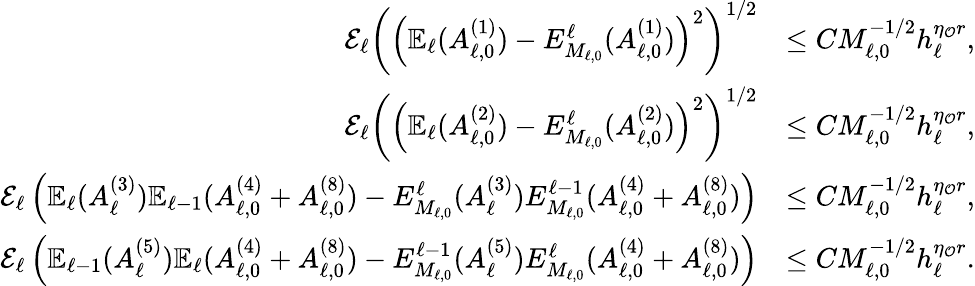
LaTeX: \begin{array}{rl}{\mathcal{E}_{\ell}\left(\left(\mathbb{E}_{\ell}(A_{\ell,0}^{(1)})-E_{M_{\ell,0}}^{\ell}(A_{\ell,0}^{(1)})\right)^{2}\right)^{1/2}}&{\le CM_{\ell,0}^{-1/2}h_{\ell}^{\eta_{\mathcal{O}}r},}\\ {\mathcal{E}_{\ell}\left(\left(\mathbb{E}_{\ell}(A_{\ell,0}^{(2)})-E_{M_{\ell,0}}^{\ell}(A_{\ell,0}^{(2)})\right)^{2}\right)^{1/2}}&{\le CM_{\ell,0}^{-1/2}h_{\ell}^{\eta_{\mathcal{O}}r},}\\ {\mathcal{E}_{\ell}\left(\mathbb{E}_{\ell}(A_{\ell}^{(3)})\mathbb{E}_{\ell-1}(A_{\ell,0}^{(4)}+A_{\ell,0}^{(8)})-E_{M_{\ell,0}}^{\ell}(A_{\ell}^{(3)})E_{M_{\ell,0}}^{\ell-1}(A_{\ell,0}^{(4)}+A_{\ell,0}^{(8)})\right)}&{\le CM_{\ell,0}^{-1/2}h_{\ell}^{\eta_{\mathcal{O}}r},}\\ {\mathcal{E}_{\ell}\left(\mathbb{E}_{\ell-1}(A_{\ell}^{(5)})\mathbb{E}_{\ell}(A_{\ell,0}^{(4)}+A_{\ell,0}^{(8)})-E_{M_{\ell,0}}^{\ell-1}(A_{\ell}^{(5)})E_{M_{\ell,0}}^{\ell}(A_{\ell,0}^{(4)}+A_{\ell,0}^{(8)})\right)}&{\le CM_{\ell,0}^{-1/2}h_{\ell}^{\eta_{\mathcal{O}}r}.}\end{array}